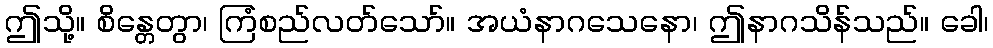
ဤသို့။ စိန္တေတွာ၊ ကြံစည်လတ်သော်။ အယံနာဂသေနော၊ ဤနာဂသိန်သည်။ ခေါ၊